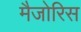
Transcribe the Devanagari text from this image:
मैजोरिस